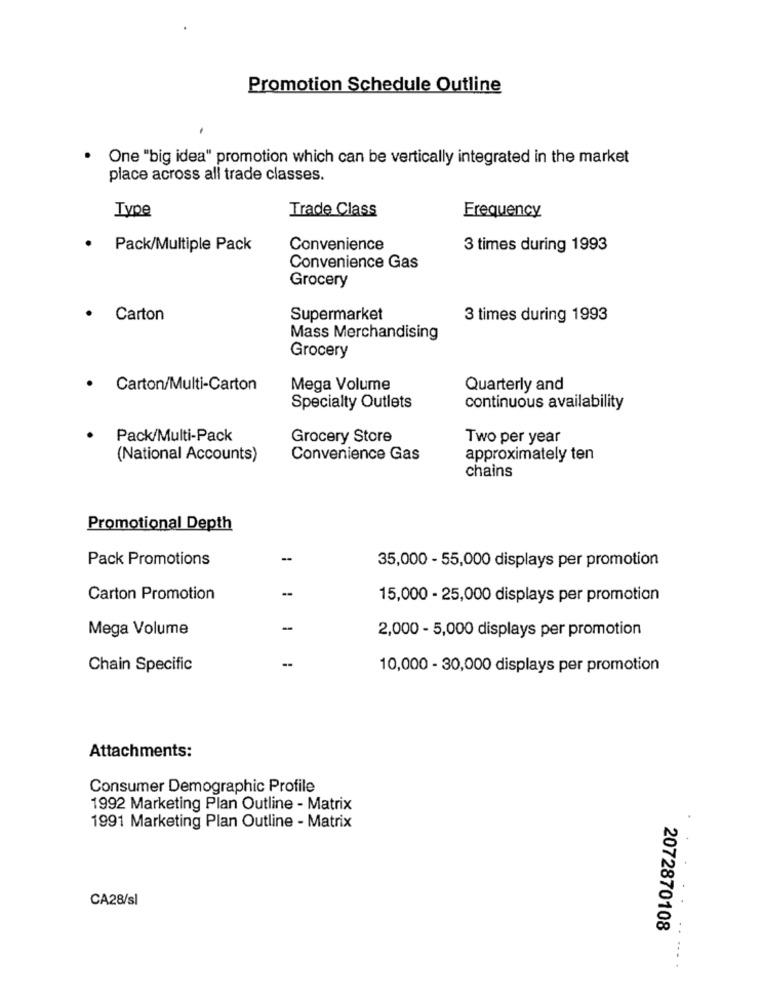
Promotion Schedule Outline
One "big idea" promotion which can be vertically integrated in the market
place across all trade classes.
Type
Trade Class
Frequency
Pack/Multiple Pack
Convenience
3 times during 1993
Convenience Gas
Grocery
Carton
Supermarket
3 times during 1993
Mass Merchandising
Grocery
.
Carton/Multi-Carton
Mega Volume
Quarterly and
Specialty Outlets
continuous availability
Pack/Multi-Pack
Grocery Store
Two per year
(National Accounts)
Convenience Gas
approximately ten
chains
Promotional Depth
Pack Promotions
-
35,000 - 55,000 displays per promotion
Carton Promotion
15,000 - 25,000 displays per promotion
Mega Volume
2,000 - 5,000 displays per promotion
Chain Specific
10,000 - 30,000 displays per promotion
Attachments:
Consumer Demographic Profile
1992 Marketing Plan Outline - Matrix
1991 Marketing Plan Outline - Matrix
CA28/sl
2072870108
..